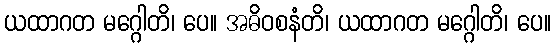
ယထာဂတ မဂ္ဂေါတိ၊ ပေ။ အဓိဝစနံတိ၊ ယထာဂတ မဂ္ဂေါတိ၊ ပေ။